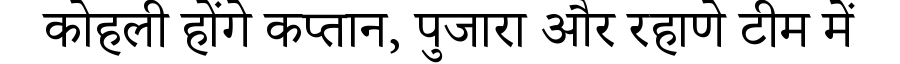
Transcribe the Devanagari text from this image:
कोहली होंगे कप्तान, पुजारा और रहाणे टीम में